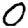
Digit: 0